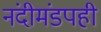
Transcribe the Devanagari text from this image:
नंदीमंडपही